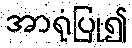
အာရုံပြု၍